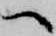
へ